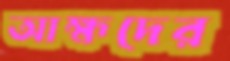
আহ্মদের